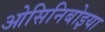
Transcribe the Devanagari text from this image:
ओसिनिबोइया